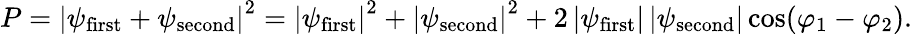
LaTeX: P=\left|\psi_{\mathrm{first}}+\psi_{\mathrm{second}}\right|^{2}=\left|\psi_{\mathrm{first}}\right|^{2}+\left|\psi_{\mathrm{second}}\right|^{2}+2\left|\psi_{\mathrm{first}}\right|\left|\psi_{\mathrm{second}}\right|\cos(\varphi_{1}-\varphi_{2}).